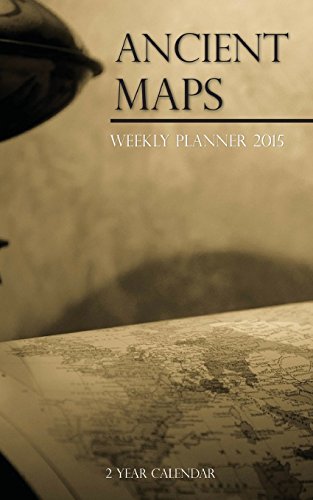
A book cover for Ancient Maps Weekly Planner 2015: 2 Year Calendar; Sam Hub; Calendars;